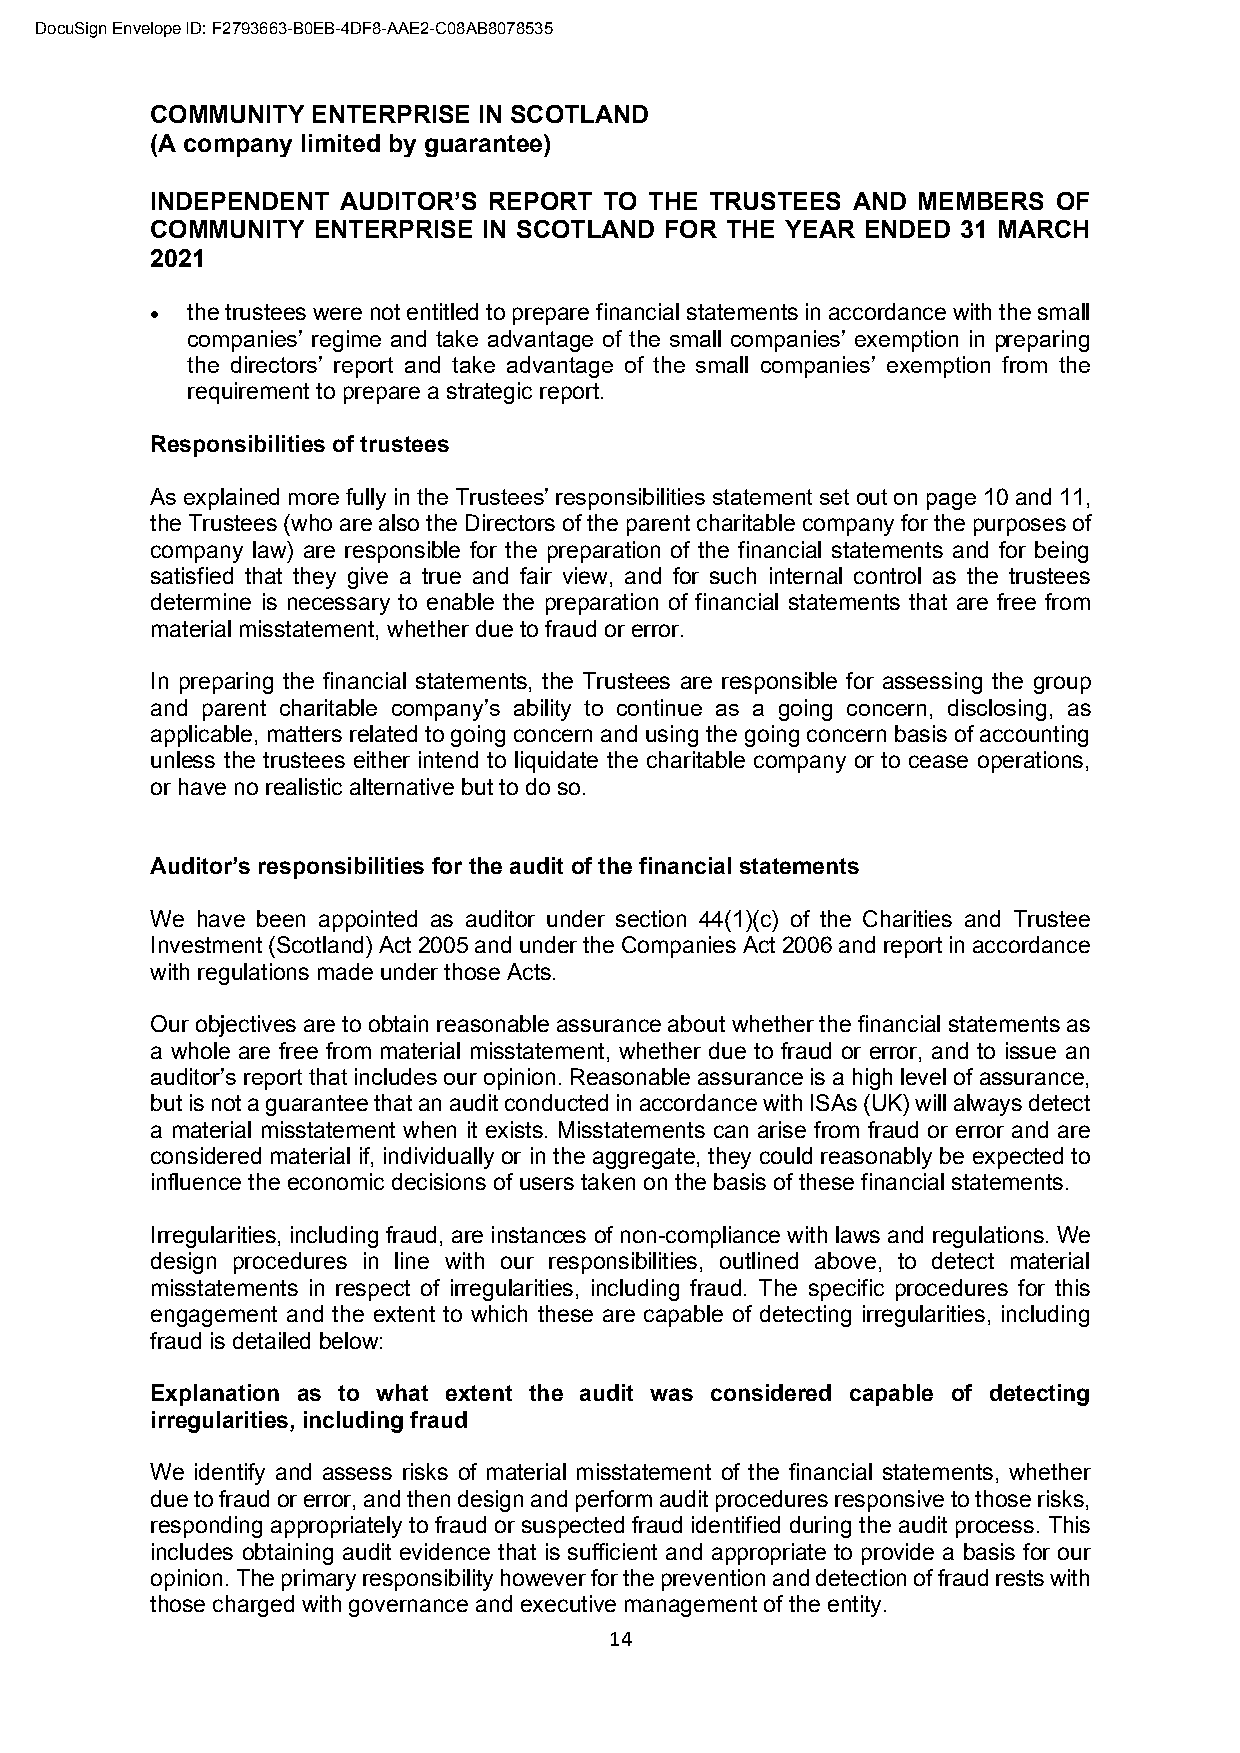
DocuSign Envelope ID: F2793663-B0EB-4DF8-AAE2-C08AB8078535
 COMMUNITY  ENTERPRISE IN SCOTLAND
 (A company limited by guarantee)
 INDEPENDENT  AUDITOR’S REPORT TO THE TRUSTEES AND  MEMBERS  OF
 COMMUNITY  ENTERPRISE IN SCOTLAND FOR THE YEAR ENDED  31 MARCH
 2021
 • the trustees were not entitled to prepare financial statements in accordance with the small
 companies’ regime and take advantage of the small companies’ exemption in preparing
 the directors’ report and take advantage of the small companies’ exemption from the
 requirement to prepare a strategic report.
 Responsibilities of trustees
 As explained more fully in the Trustees’ responsibilities statement set out on page 10 and 11,
 the Trustees (who are also the Directors of the parent charitable company for the purposes of
 company law) are responsible for the preparation of the financial statements and for being
 satisfied that they give a true and fair view, and for such internal control as the trustees
 determine is necessary to enable the preparation of financial statements that are free from
 material misstatement, whether due to fraud or error.
 In preparing the financial statements, the Trustees are responsible for assessing the group
 and parent charitable company’s ability to continue as a going concern, disclosing, as
 applicable, matters related to going concern and using the going concern basis of accounting
 unless the trustees either intend to liquidate the charitable company or to cease operations,
 or have no realistic alternative but to do so.
 Auditor’s responsibilities for the audit of the financial statements
 We have been appointed as auditor under section 44(1)(c) of the Charities and Trustee
 Investment (Scotland) Act 2005 and under the Companies Act 2006 and report in accordance
 with regulations made under those Acts.
 Our objectives are to obtain reasonable assurance about whether the financial statements as
 a whole are free from material misstatement, whether due to fraud or error, and to issue an
 auditor’s report that includes our opinion. Reasonable assurance is a high level of assurance,
 but is not a guarantee that an audit conducted in accordance with ISAs (UK) will always detect
 a material misstatement when it exists. Misstatements can arise from fraud or error and are
 considered material if, individually or in the aggregate, they could reasonably be expected to
 influence the economic decisions of users taken on the basis of these financial statements.
 Irregularities, including fraud, are instances of non-compliance with laws and regulations. We
 design procedures in line with our responsibilities, outlined above, to detect material
 misstatements in respect of irregularities, including fraud. The specific procedures for this
 engagement and the extent to which these are capable of detecting irregularities, including
 fraud is detailed below:
 Explanation as to what extent the audit was considered capable of detecting
 irregularities, including fraud
 We identify and assess risks of material misstatement of the financial statements, whether
 due to fraud or error, and then design and perform audit procedures responsive to those risks,
 responding appropriately to fraud or suspected fraud identified during the audit process. This
 includes obtaining audit evidence that is sufficient and appropriate to provide a basis for our
 opinion. The primary responsibility however for the prevention and detection of fraud rests with
 those charged with governance and executive management of the entity.
 14